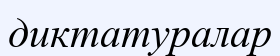
диктатуралар